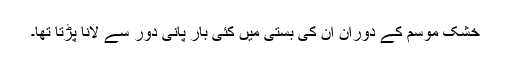
خشک موسم کے دوران ان کی بستی میں کئی بار پانی دور سے لانا پڑتا تھا۔